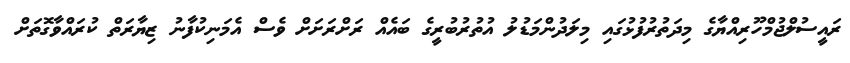
ރައީސުލްޖުމްހޫރިއްޔާގެ މިދަތުރުފުޅުގައި މިލަދުންމަޑުލު އުތުރުބުރީގެ ބައެއް ރަށްރަށަށް ވެސް އެމަނިކުފާނު ޒިޔާރަތް ކުރައްވާގޮތަށް